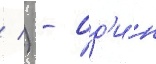
/ ) - од'и́н